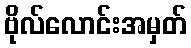
ဗိုလ်လောင်းအမှတ်